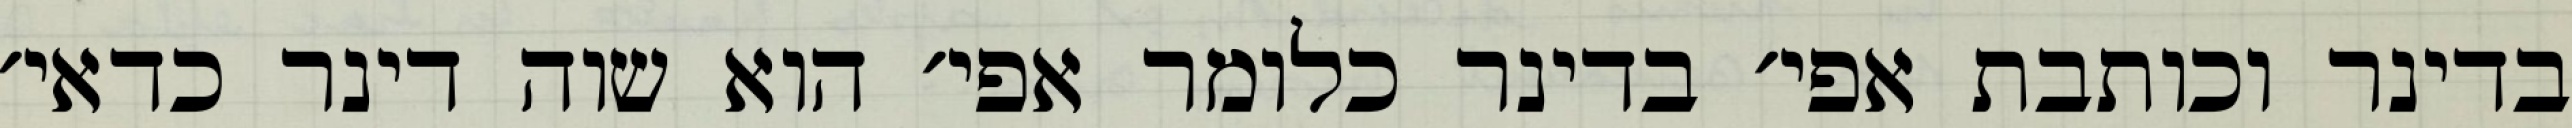
בדינר וכותבת אפי׳ בדינר כלומר אפי׳ הוא שוה דינר כדאי׳